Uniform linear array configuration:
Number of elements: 32
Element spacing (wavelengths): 1
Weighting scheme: uniform
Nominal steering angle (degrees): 60
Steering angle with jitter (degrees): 60.655
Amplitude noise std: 0.05
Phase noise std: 0.05

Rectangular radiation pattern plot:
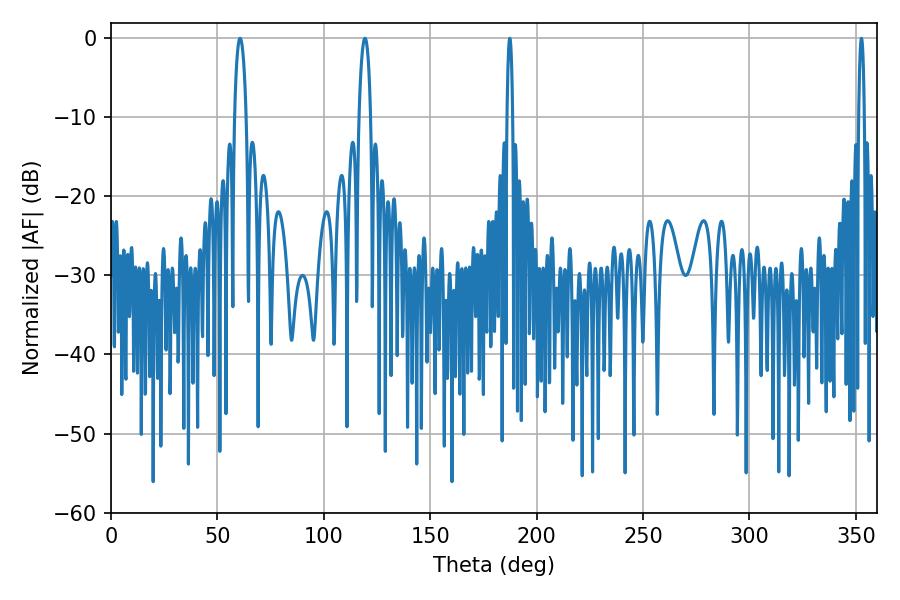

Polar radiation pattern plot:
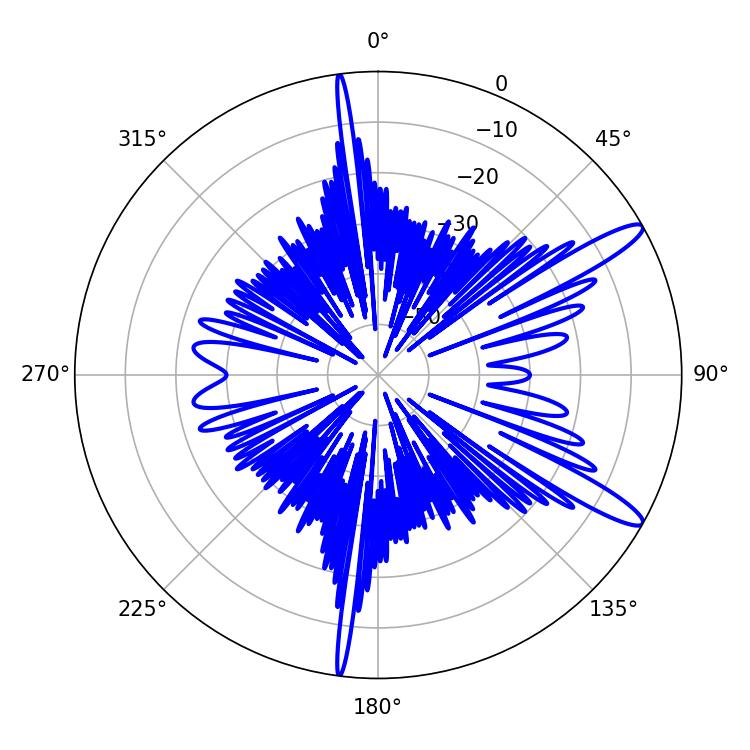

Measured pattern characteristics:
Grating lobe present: TRUE
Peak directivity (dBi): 12.995
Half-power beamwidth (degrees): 3.06
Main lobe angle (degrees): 60.66